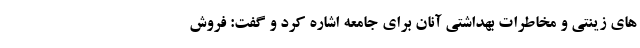
های زینتی و مخاطرات بهداشتی آنان برای جامعه اشاره کرد و گفت: فروش